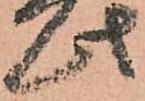
此